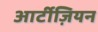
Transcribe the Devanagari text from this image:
आर्टीज़ियन